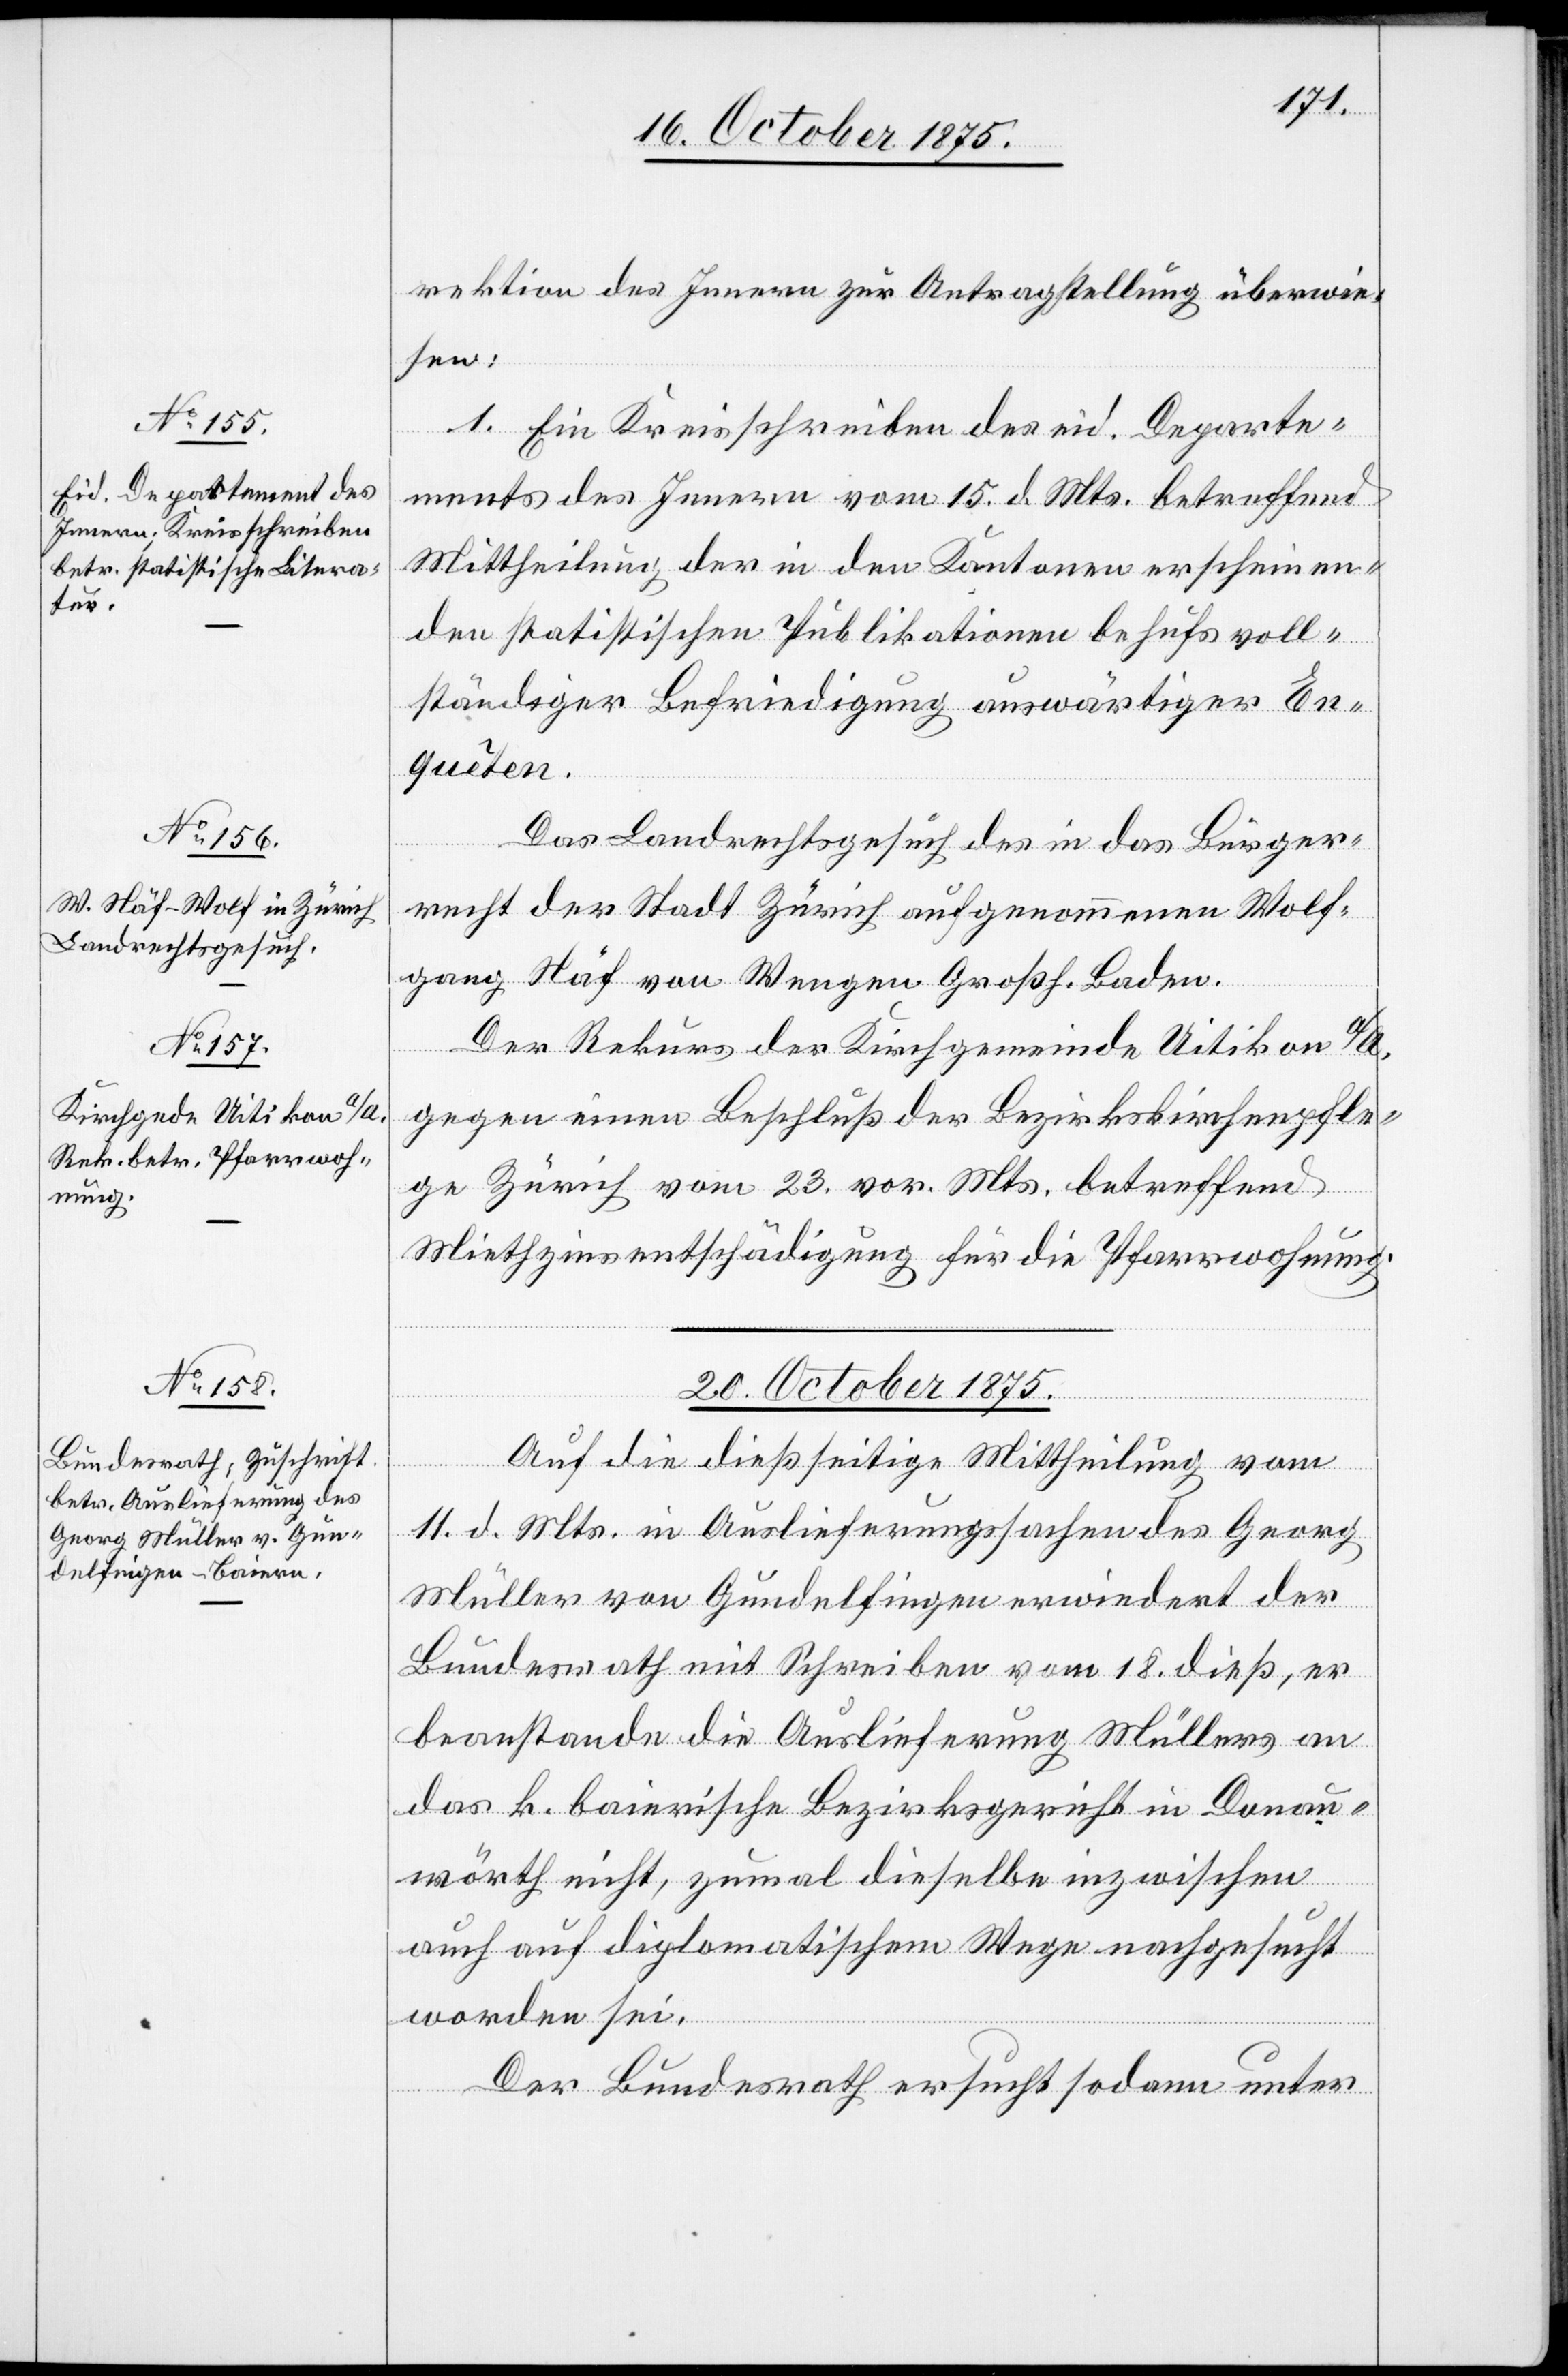
19. October 1875.]
rektion des Innern zur Antragstellung überwie¬
sen:
1. Ein Kreisschreiben des eid. Departe¬
ments des Innern vom 15. d. Mts. betreffend
Mittheilung der in den Kantonen erscheinen¬
den statistischen Publikationen behufs voll¬
ständiger Befriedigung auswärtiger En¬
ten.
Das Landrechtsgesuch des in das Bürger¬
recht der Stadt Zürich aufgenommenen Wolf¬
gang Näf von Wengen Großh. Baden.
Der Rekurs der Kirchgemeinde Uitikon a/A.
gegen einen Beschluß der Bezirkskirchenpfle¬
ge Zürich vom 23. vor. Mts. betreffend
Miethzinsentschädigung für die Pfarrwohnung.
20. October 1875.
Auf die dießseitige Mittheilung vom
11. d. Mts. in Auslieferungssachen des Georg
Müller von Gundelfingen erwiedert der
Bundesrath mit Schreiben vom 18. dieß, er
beanstande die Auslieferung Müllers an
das k. baierische Bezirksgericht in Donau¬
wörth nicht, zumal dieselbe inzwischen
auch auf diplomatischem Wege nachgesucht
quê¬
worden sei.
Der Bundesrath ersucht sodann unter